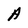
Character: A